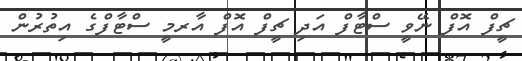
ޗީފް އޮފް ނޭވީ ސްޓާފް އަދި ޗީފް އޮފް އާރމީ ސްޓާފްގެ އިތުރުން